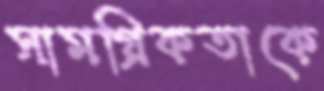
সামগ্রিকতাকে